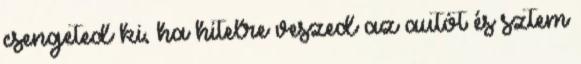
csengeted ki, ha hitelre veszed az autót és sztem